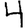
Digit: 4